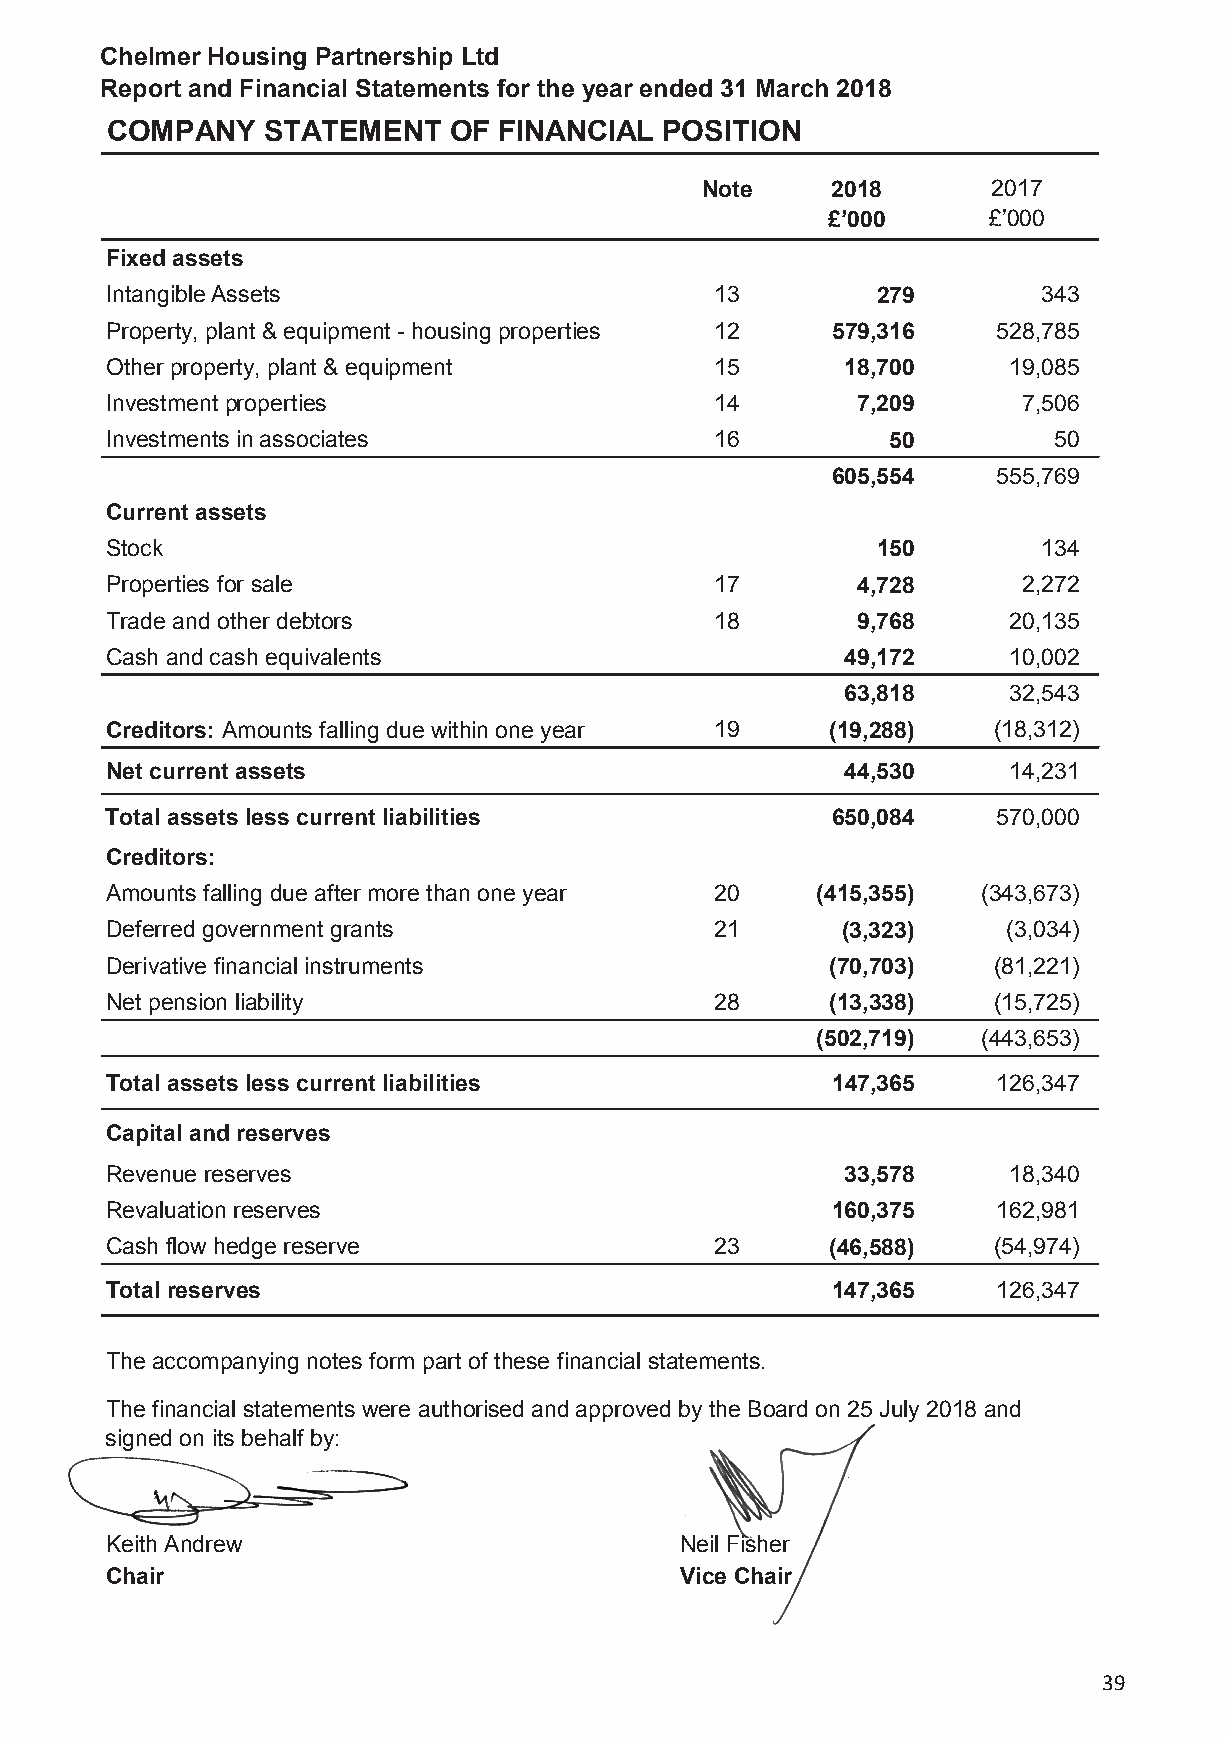
Chelmer Housing Partnership Ltd
 Report and Financial Statements for the year ended 31 March 2018
 COMPANY   STATEMENT    OF FINANCIAL  POSITION
 Note     2018       2017
 £’000     £’000
 Fixed assets
 Intangible Assets                       13         279        343
 Property, plant & equipment - housing properties 12 579,316 528,785
 Other property, plant & equipment       15       18,700     19,085
 Investment properties                   14        7,209      7,506
 Investments in associates               16          50         50
 605,554    555,769
 Current assets
 Stock                                              150        134
 Properties for sale                     17        4,728      2,272
 Trade and other debtors                 18        9,768     20,135
 Cash and cash equivalents                        49,172     10,002
 63,818     32,543
 Creditors: Amounts falling due within one year 19 (19,288) (18,312)
 Net current assets                               44,530     14,231
 Total assets less current liabilities           650,084    570,000
 Creditors:
 Amounts falling due after more than one year 20 (415,355) (343,673)
 Deferred government grants              21       (3,323)    (3,034)
 Derivative financial instruments                (70,703)   (81,221)
 Net pension liability                   28      (13,338)   (15,725)
 (502,719)  (443,653)
 Total assets less current liabilities           147,365    126,347
 Capital and reserves
 Revenue reserves                                 33,578     18,340
 Revaluation reserves                            160,375    162,981
 Cash flow hedge reserve                 23      (46,588)   (54,974)
 Total reserves                                  147,365    126,347
 The accompanying notes form part of these financial statements.
 The financial statements were authorised and approved by the Board on 25 July 2018 and
 signed on its behalf by:
 Keith Andrew                          Neil Fisher
 Chair                                 Vice Chair
 39